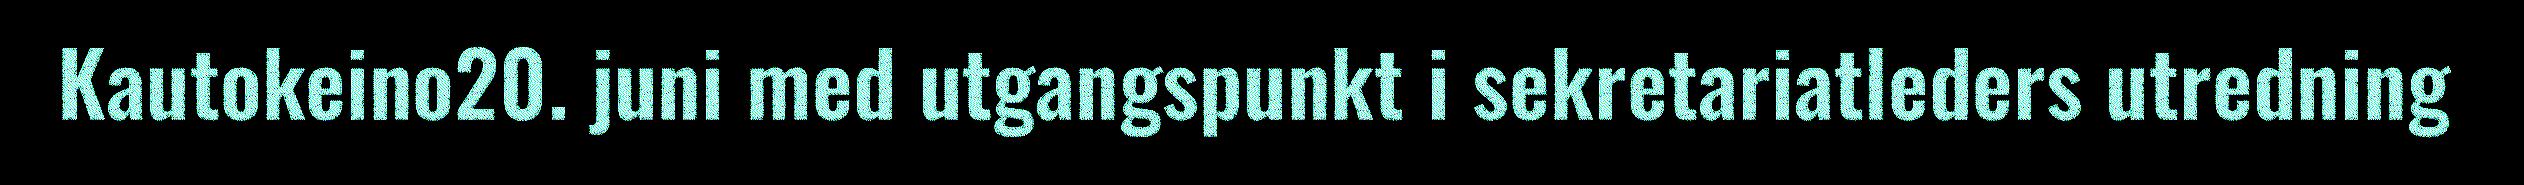
Kautokeino20. juni med utgangspunkt i sekretariatleders utredning